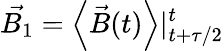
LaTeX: \vec{B_{1}}=\left<\vec{B}(t)\right>|_{t+\tau/2}^{t}